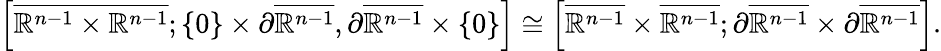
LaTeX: \Bigl[\overline{{\mathbb{R}^{n-1}\times\mathbb{R}^{n-1}}};\{ 0\} \times\partial\overline{{\mathbb{R}^{n-1}}},\partial\overline{{\mathbb{R}^{n-1}}}\times\{ 0\} \Bigr]\cong\Bigl[\overline{{\mathbb{R}^{n-1}}}\times\overline{{\mathbb{R}^{n-1}}};\partial\overline{{\mathbb{R}^{n-1}}}\times\partial\overline{{\mathbb{R}^{n-1}}}\Bigr].